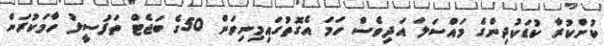
ކުށްކުރާ ކުޑަކުދިންގެ މައްސަލަ އަދިވެސް ހަމަ އެގޮތުގައިމިނިވަން 50ގެ ބަޖެޓް ތަފުސީލު ހާމަކުރަން